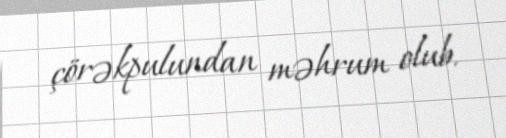
çörəkpulundan məhrum olub.